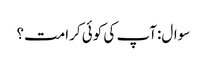
سوال:آپ کی کوئی کرامت؟